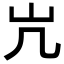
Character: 𫵳